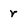
Character: r